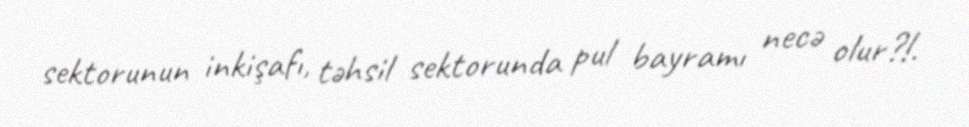
sektorunun inkişafı, təhsil sektorunda pul bayramı necə olur?!.